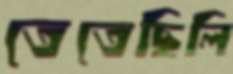
তেতেছিলি